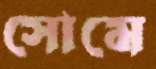
সোমে